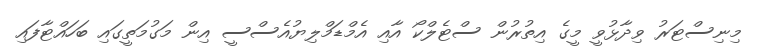
މިނިސްޓަރު ވިދާޅުވީ މީގެ އިތުރުން ސްޓެލްކޯ އާއި އެމްޑަމްލިޔުއެސްސީ އިން މަގުމަތީގައި ބަހައްޓާފައި